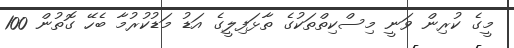
މީގެ ކުރިން ވަނީ މިސްކިތްތަކުގެ ތާޅަފިލީގެ އަޑު މަޑުކުރުމާ ބެހޭ ގޮތުން 100